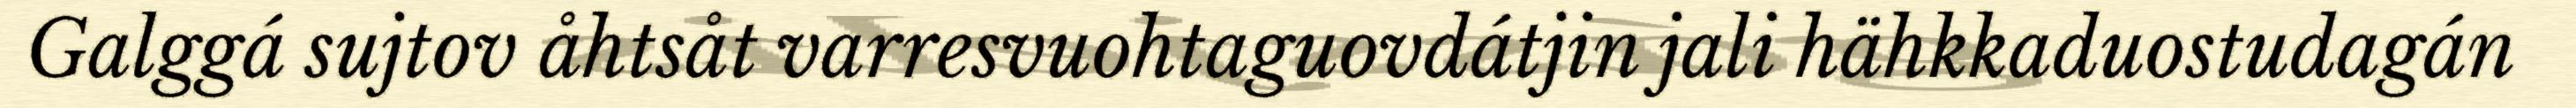
Galggá sujtov åhtsåt varresvuohtaguovdátjin jali hähkkaduostudagán